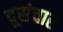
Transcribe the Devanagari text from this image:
दूसंचार